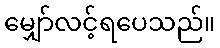
မျှော်လင့်ရပေသည်။